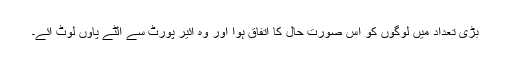
بڑی تعداد میں لوگوں کو اس صورت حال کا اتفاق ہوا اور وہ ائیر پورٹ سے الٹے پاؤں لوٹ آئے۔